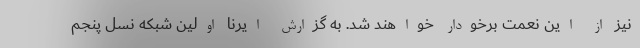
نیز از این نعمت برخودار خواهند شد. به گزارش ایرنا اولین شبکه نسل پنجم